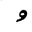
Letter: _waw